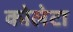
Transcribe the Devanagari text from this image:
कोलेटा